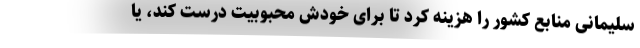
سلیمانی منابع کشور را هزینه کرد تا برای خودش محبوبیت درست کند، یا